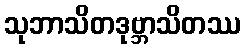
သုဘာသိတဒုဗ္ဘာသိတဿ